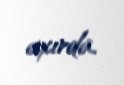
axırda.